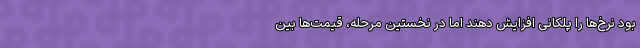
بود نرخ‌ها را پلکانی افزایش دهند اما در نخستین مرحله، قیمت‌ها بین